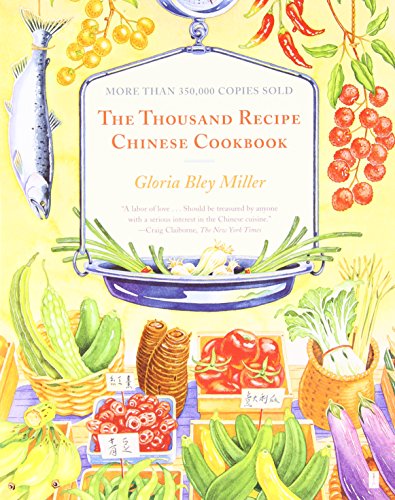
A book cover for The Thousand Recipe Chinese Cookbook; Gloria Bley Miller; Cookbooks, Food & Wine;